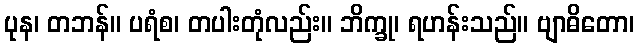
ပုန၊ တဘန်။ ပရံစ၊ တပါးတုံလည်း။ ဘိက္ခု၊ ရဟန်းသည်။ ဗျာဓိတော၊